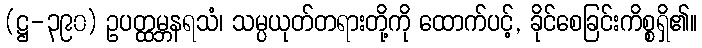
(ဋ္ဌ-၃၉၀) ဥပတ္ထမ္ဘနရသံ၊ သမ္ပယုတ်တရားတို့ကို ထောက်ပင့်, ခိုင်စေခြင်းကိစ္စရှိ၏။